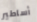
أساطير